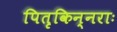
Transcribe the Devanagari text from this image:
पितृकिन्नराः